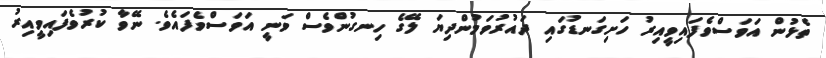
ތެޅުން އަވަސްވެފައިވީއިރު ހަށިގަނޑުގައި ދައުރުވަމުންދިޔަ ލޭގެ ހިނގުންވެސް ވަނީ އަވަސްވެފައެވެ. ނޭވާ ކުރުވެފައިވީއިރު